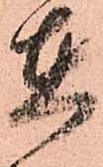
在